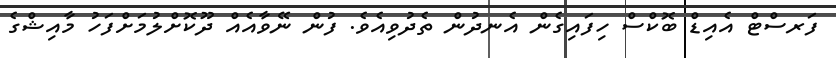
ފަރސްޓް އެއިޑް ބޮކްސް ހިފައިގެން އެނދުން ތެދުވިއެވެ. ފުން ނޭވާއެއް ދޫކޮށްލުމަށްފަހު މާއިޝްގެ